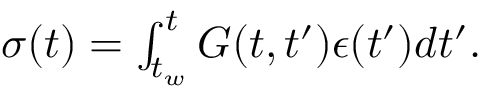
\begin{array} { r } { \sigma ( t ) = \int _ { t _ { w } } ^ { t } G ( t , t ^ { \prime } ) { \epsilon } ( t ^ { \prime } ) d t ^ { \prime } . } \end{array}